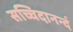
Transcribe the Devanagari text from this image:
सच्चिदानन्दं